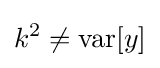
k^{2}\neq {\text{var}}[y]